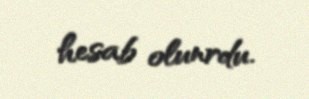
hesab olunrdu.